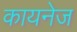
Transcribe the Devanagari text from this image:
कायनेज